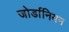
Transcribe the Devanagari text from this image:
जोर्डानियन